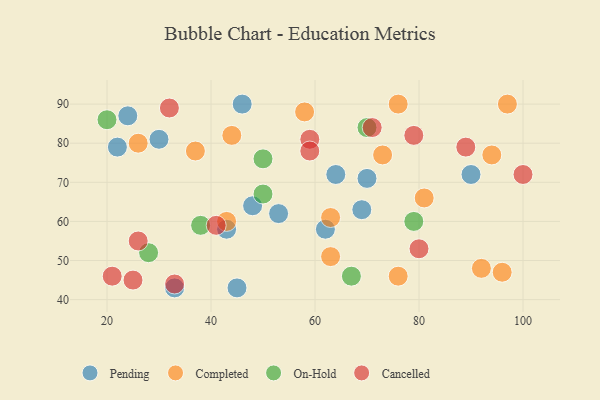
{"axis": {"x": "GDP", "y": "Life Expectancy"}, "legend": ["Cancelled", "Completed", "On-Hold", "Pending"], "data": [{"x": "69", "y": 63, "type": "Pending"}, {"x": "70", "y": 71, "type": "Pending"}, {"x": "30", "y": 81, "type": "Pending"}, {"x": "62", "y": 58, "type": "Pending"}, {"x": "22", "y": 79, "type": "Pending"}, {"x": "46", "y": 90, "type": "Pending"}, {"x": "43", "y": 58, "type": "Pending"}, {"x": "90", "y": 72, "type": "Pending"}, {"x": "24", "y": 87, "type": "Pending"}, {"x": "33", "y": 43, "type": "Pending"}, {"x": "53", "y": 62, "type": "Pending"}, {"x": "48", "y": 64, "type": "Pending"}, {"x": "64", "y": 72, "type": "Pending"}, {"x": "45", "y": 43, "type": "Pending"}, {"x": "37", "y": 78, "type": "Completed"}, {"x": "26", "y": 80, "type": "Completed"}, {"x": "44", "y": 82, "type": "Completed"}, {"x": "73", "y": 77, "type": "Completed"}, {"x": "43", "y": 60, "type": "Completed"}, {"x": "63", "y": 61, "type": "Completed"}, {"x": "81", "y": 66, "type": "Completed"}, {"x": "96", "y": 47, "type": "Completed"}, {"x": "76", "y": 90, "type": "Completed"}, {"x": "58", "y": 88, "type": "Completed"}, {"x": "97", "y": 90, "type": "Completed"}, {"x": "94", "y": 77, "type": "Completed"}, {"x": "92", "y": 48, "type": "Completed"}, {"x": "63", "y": 51, "type": "Completed"}, {"x": "76", "y": 46, "type": "Completed"}, {"x": "70", "y": 84, "type": "On-Hold"}, {"x": "50", "y": 76, "type": "On-Hold"}, {"x": "38", "y": 59, "type": "On-Hold"}, {"x": "20", "y": 86, "type": "On-Hold"}, {"x": "67", "y": 46, "type": "On-Hold"}, {"x": "28", "y": 52, "type": "On-Hold"}, {"x": "79", "y": 60, "type": "On-Hold"}, {"x": "50", "y": 67, "type": "On-Hold"}, {"x": "79", "y": 82, "type": "Cancelled"}, {"x": "32", "y": 89, "type": "Cancelled"}, {"x": "89", "y": 79, "type": "Cancelled"}, {"x": "21", "y": 46, "type": "Cancelled"}, {"x": "41", "y": 59, "type": "Cancelled"}, {"x": "80", "y": 53, "type": "Cancelled"}, {"x": "33", "y": 44, "type": "Cancelled"}, {"x": "59", "y": 81, "type": "Cancelled"}, {"x": "26", "y": 55, "type": "Cancelled"}, {"x": "100", "y": 72, "type": "Cancelled"}, {"x": "25", "y": 45, "type": "Cancelled"}, {"x": "59", "y": 78, "type": "Cancelled"}, {"x": "71", "y": 84, "type": "Cancelled"}]}